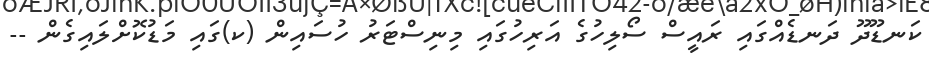
ކަނޑޫދޫ ދަނޑެއްގައި ރައީސް ސޯލިހުގެ އަރިހުގައި މިނިސްޓަރު ހުސައިން (ކ)ގައި މަޑުކޮށްލައިގެން --